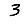
Digit: 3